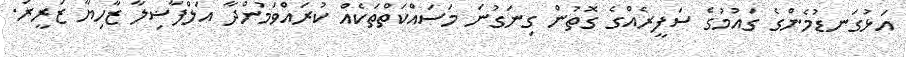
އަޅުގަނޑުމެންގެ ގައުމުގެ ސަފީރެއްގެ ގޮތުން ގިނަގުނަ މަސައްކަތްތަކެއް ކުރައްވަމުންދާ އަލްފާޟިލާ ޒާހިޔާ ޒަރީރު.